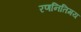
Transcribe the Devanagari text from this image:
रणनितिमय